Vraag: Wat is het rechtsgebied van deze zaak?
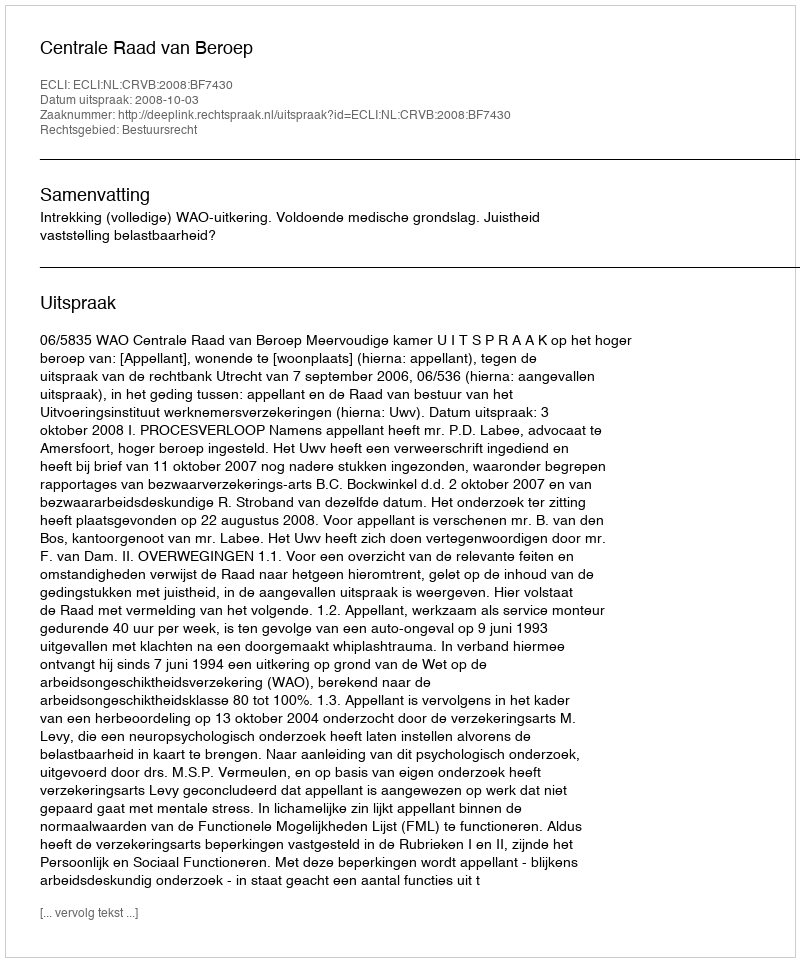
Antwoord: Bestuursrecht